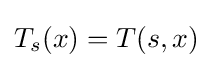
T_{s}(x)=T(s,x)